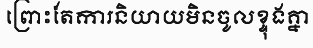
ព្រោះតែការនិយាយមិនចូលខ្ទុងគ្នា